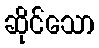
ဆိုင်သော